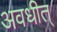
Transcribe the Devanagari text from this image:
अवधीत्‌